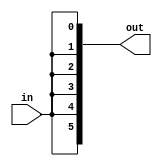
module splitter6 (in, out);
	input in;
	output[5:0] out;

assign out[0] = in;
assign out[1] = in;
assign out[2] = in;
assign out[3] = in;
assign out[4] = in;
assign out[5] = in;

endmodule